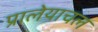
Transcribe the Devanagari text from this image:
प्रालेयाचल